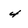
Character: 4